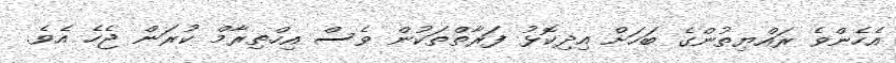
އެހެންވެ ރައްޔިތުންގެ ބަހަށް އިދިކޮޅު ފަރާތްތަކުން ވެސް އިހްތިރާމް ކުރަން ޖެހެ އެވެ.